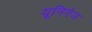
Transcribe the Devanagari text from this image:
यूनिगेज